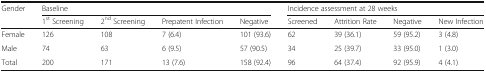
| Gender | <COLSPAN=4> Baseline | <COLSPAN=4> Incidence assessment at 28 weeks |
 |  | 1st Screening | 2nd Screening | Prepatent Infection | Negative | Screened | Attrition Rate | Negative | New Infection |
 | --- | --- | --- | --- | --- | --- | --- | --- | --- |
 | Female | 126 | 108 | 7 (6.4) | 101 (93.6) | 62 | 39 (36.1) | 59 (95.2) | 3 (4.8) |
 | Male | 74 | 63 | 6 (9.5) | 57 (90.5) | 34 | 25 (39.7) | 33 (95.0) | 1 (3.0) |
 | Total | 200 | 171 | 13 (7.6) | 158 (92.4) | 96 | 64 (37.4) | 92 (95.9) | 4 (4.1) |